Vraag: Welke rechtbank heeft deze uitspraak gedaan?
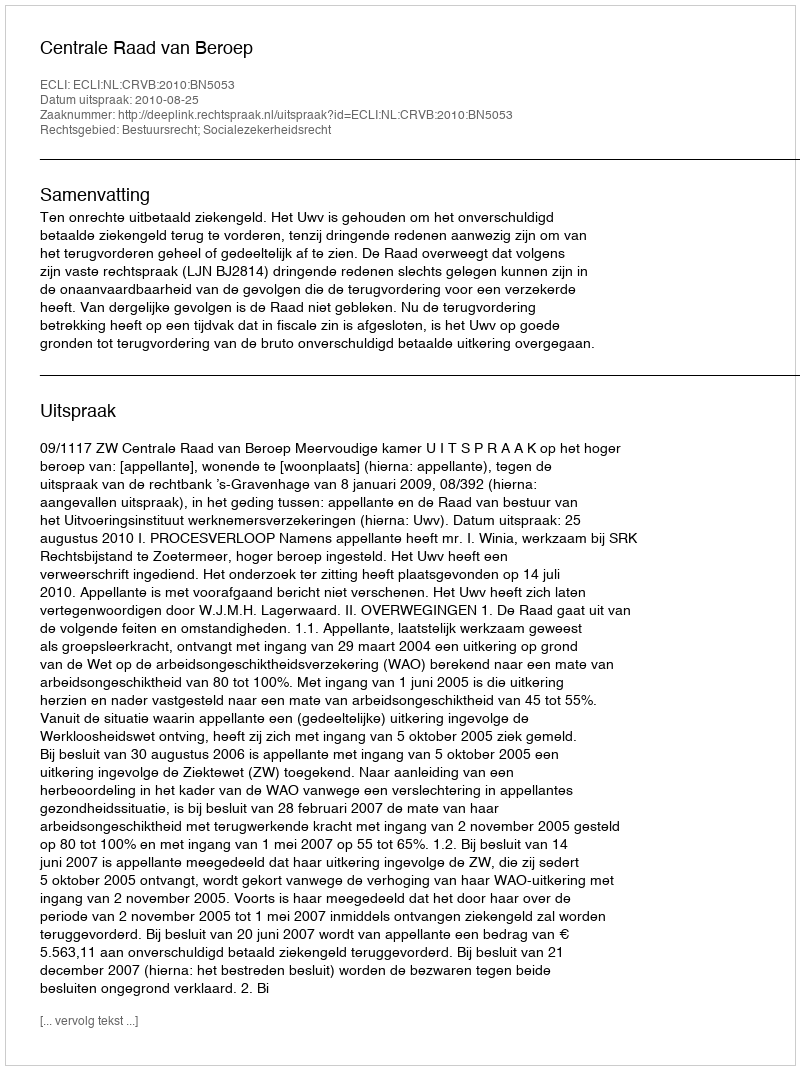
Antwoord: Centrale Raad van Beroep